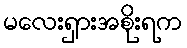
မလေးရှားအစိုးရက